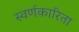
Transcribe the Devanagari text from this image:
स्वर्णकारिता